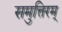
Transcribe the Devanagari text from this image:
समुत्तिरम्